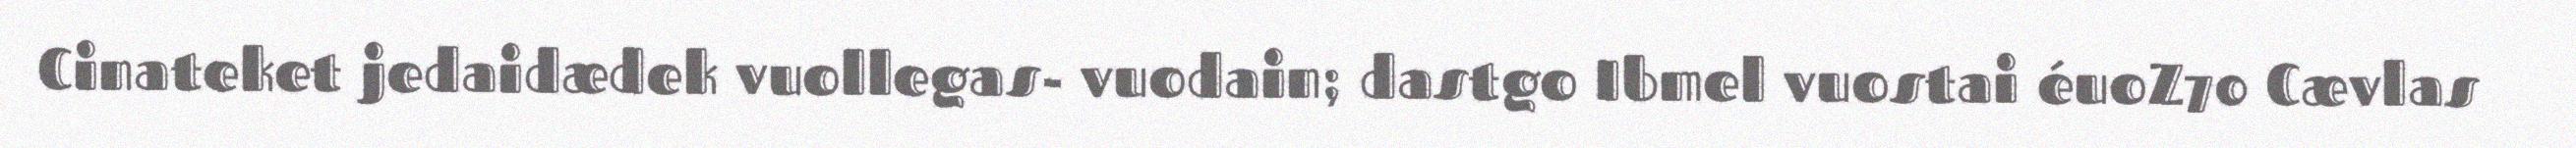
Cinateket jedaidædek vuollegas- vuodain; dastgo Ibmel vuostai éuoZ70 Cævlas